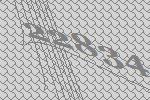
22834